Tezpur Lunatic Asylum reports 1877-1894 - 1877-1894
Year: 1877
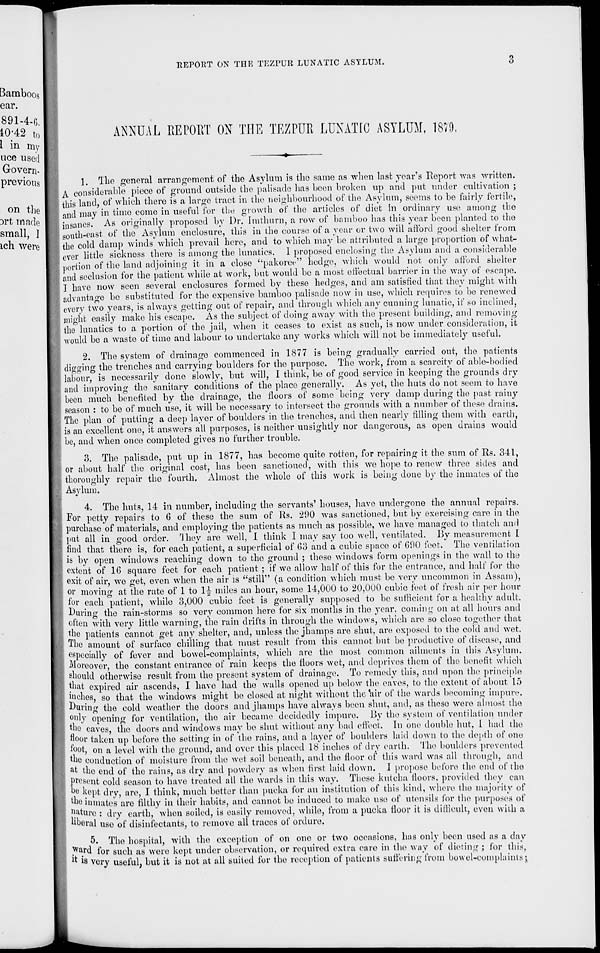
REPORT ON THE TEZPUR LUNATIC ASYLUM.
3
Bamboos
ear.
891-4-6,
10-42 to
I in r nv
uce used
Govern-
previous
on the
3rt made
small, I
ich were
ANNUAL REPORT ON THE TEZPUR LUNATIC ASYLUM, 1879.
1. The general arrangement of the Asylum is the same as when last year's Report was written.
A considerable piece of ground outside the palisade has been broken up and put under cultivation ;
this land, of which there is a largo tract in the neighbourhood of the Asylum, seems to be fairly fertile,
and may in time come in useful for the growth of the articles of diet in ordinary use among the
insanes. As originally proposed by Dr. Imthurn, a row of bamboo has this year been planted to the
south-east of the Asylum enclosure, this in the course of a year or two will afford good shelter from
the cold damp winds which prevail here, and to which may be attributed a large proportion of what-
ever little sickness there is among the lunatics. I proposed enclosing the Asylum and a considerable
portion of the land adjoining it in a close "pakoree" hedge, which would not only afford shelter
and seclusion for the patient while at work, but would be a most effectual barrier in the way of escape.
I have now seen several enclosures formed by these hedges, and am satisfied that they might with
advantage be substituted for the expensive bamboo palisade now in use, which requires to be renewed
every two years, is always getting out of repair, and through which any cunning lunatic, if so inclined,
might easily make his escape. As the subject of doing away with the present building, and removing
the lunatics to a. portion of the jail, when it ceases to exist as such, is now under consideration, it
would be a waste of time and labour to undertake any works which will not be immediately useful.
2. The system of drainage commenced in 1877 is being gradually carried out, the patients
digging the trenches and carrying boulders for the purpose. The work, from a scarcity of able-bodied
labour, is necessarily done slowly, but will, I think, be of good service in keeping the grounds dry
and improving the sanitary conditions of the place generally. As yet, the huts do not seem to have
been much benefited by the drainage, the floors of some being very damp during the past rainy
season : to be of much use, it will be necessary to intersect the grounds with a number of these drains.
The plan of putting a deep layer of boulders in the trenches, and then nearly filling them with earth,
is an excellent one, it answers all purposes, is neither unsightly nor dangerous, as open drains would
be, and when once completed gives no further trouble.
3. The palisade, put up in 1877, has become quite rotten, for repairing it the sum of Us. 341,
or about half the original cost, has been sanctioned, with this we hope to renew three sides and
thoroughly repair the fourth. Almost the whole of this work is being done by the inmates of the
Asylum.
4. The huts, 14 in number, including the servants' houses, have undergone the annual repairs.
For petty repairs to 6 of these the sum of Rs. 290 was sanctioned, but by exercising care in the
purchase of materials, and employing the patients as much as possible, we have managed to thatch and
put all in good order. They are well, 1 think I may say too well, ventilated. By measurement I
find that there is, for each patient, a superficial of 63 and a cubic space of 690 feet. The ventilation
is by open windows reaching down to the ground ; these windows form openings in the wall to the
extent of 16 square feet for each patient ; if wo allow half of this for the entrance, and half for the
exit of air, w r e get, even when the air is "still" (a condition which must be very uncommon in Assam),
or moving at the rate of 1 to 1^ miles an hour, some 14,000 to 20,000 cubic feet of fresh air per hour
for each patient, while 3,000 cubic feet is generally supposed to be sufficient for a healthy adult.
During the rain-storms so very common here for six months in the year, coming on at all hours and
often with very little warning, the rain drifts in through the windows, which are so close together that
the patients cannot get any shelter, and, unless the jhanips are shut, are exposed to the cold and wet.
The amount of surface chilling that must result from this cannot but be productive of disease, and
especially of fever and bowel-complaints, which are the most common ailments in this Asylum.
Moreover, the constant entrance of rain keeps the floors wet, and deprives them of the benefit which
should otherwise result from the present system of drainage. To remedy this, and upon the principle
that expired air ascends, I have had the walls opened up below the eaves, to the extent of about 15
Miches, so that the windows might be closed at night without the air of the wards becoming impure.
During the cold weather the doors and jhanips have always been shut, and, as theso were almost tho
only opening for ventilation, the air became decidedly impure. By the system of ventilation under
the eaves, the doors and windows may be shut without any bad effect. Tn one double hut, 1 had the
floor taken up before the setting in of the rains, and a layer of boulders laid down to the depth of one
foot, on a level with the ground, and over this placed 18 inches of dry earth. The boulders prevented
die conduction of moisture from the wet soil beneath, and the floor of this ward was all through, and
a t tho end of the rains, as dry and powdery as when first laid down. 1 propose before the end of tho
Present cold season to have treated all the wards in this way. These kutcha tloors. provided they can
^e kept dry, are, I think, much better than pucka for an institution of this kind, where the majority of
the inmates arc filthy in their habits, and cannot be induced to make use of utensils for the purposes of
Mature : dry earth, when soiled, is easily removed, while, from a pucka floor it is difficult, even with a
hberal use of disinfectants, to remove all traces of ordure.
5. Tho hospital, with the exception of on one or two occasions, has only been used as a dav
Ward for such as wero kept under observation, or required extra care in the way of dieting ; for this,
« is very useful, but it is not at all suited for the reception of patients suffering from bowel-complaints;